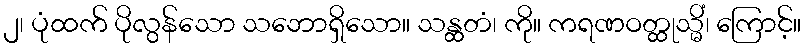
၂၊ ပုံထက် ပိုလွန်သော သဘောရှိသော။ သန္ထတံ၊ ကို။ ကရဏဝတ္ထုသ္မိံ၊ ကြောင့်။